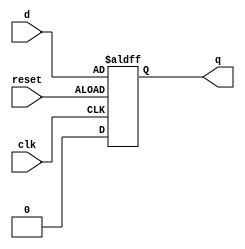
module dff_async_clear(q, d, clk, reset);
        input d, clk, reset;
        output q;
        reg q;

        always @(posedge reset or negedge clk) begin
            if(!reset) q <= 1'b0;
            else q <=d;
        end

endmodule